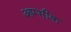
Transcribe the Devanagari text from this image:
आम्भीक